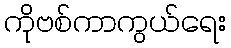
ကိုဗစ်ကာကွယ်ရေး